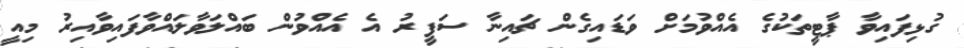
ގުޅިފައިވާ ޕާޓީތަކުގެ އެއްވުމަށް ވަޑައިގެން ޗައިނާ ސަފީރު އެ އެއްވުން ބައްލަވާލައްވާފައިވާއިރު މިއީ